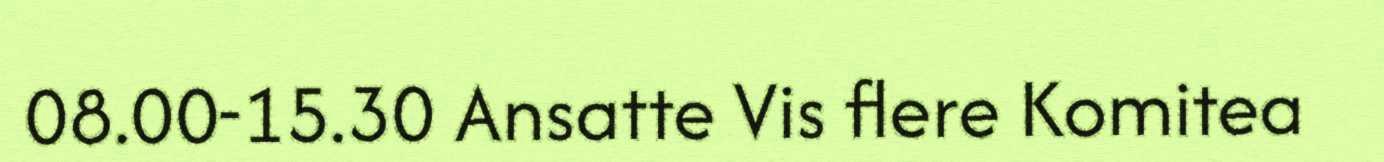
08.00-15.30 Ansatte Vis flere Komitea